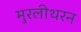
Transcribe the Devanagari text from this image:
मुरलीथरन